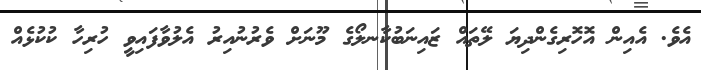
އެވެ. އެއިން އޮހޮރިގެންދިޔަ ލޭތައް ޒައިނަބުކާނލޯގެ މޫނަށް ވެރުނުއިރު އެލުވާފައިވީ ހުރިހާ ކުކުޅެއް